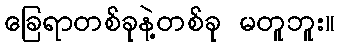
ခြေရာတစ်ခုနဲ့တစ်ခု မတူဘူး။